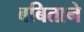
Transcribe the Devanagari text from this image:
बबिताने